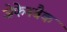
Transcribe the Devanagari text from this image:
जेफेनबैक